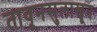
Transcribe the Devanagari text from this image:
तावूनसुलाखून